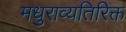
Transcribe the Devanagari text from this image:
मधुराव्यतिरिक्त